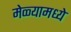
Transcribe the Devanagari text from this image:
मेळ्यामध्ये